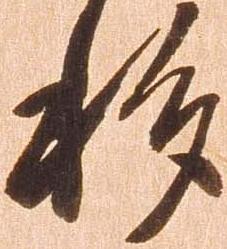
移